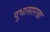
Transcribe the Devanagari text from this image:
दुधासारखा